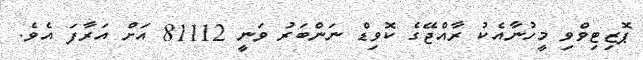
ޕޮޒިޓިވްވި މީހުނާއެކު ރާއްޖޭގެ ކޮވިޑް ނަންބަރު ވަނީ 81112 އަށް އަރާފަ އެވެ.